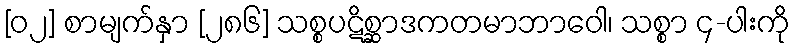
[၀၂] စာမျက်နှာ [၂၈၆] သစ္စပဋိစ္ဆာဒကတမာဘာဝေါ၊ သစ္စာ ၄-ပါးကို